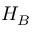
H _ { B }